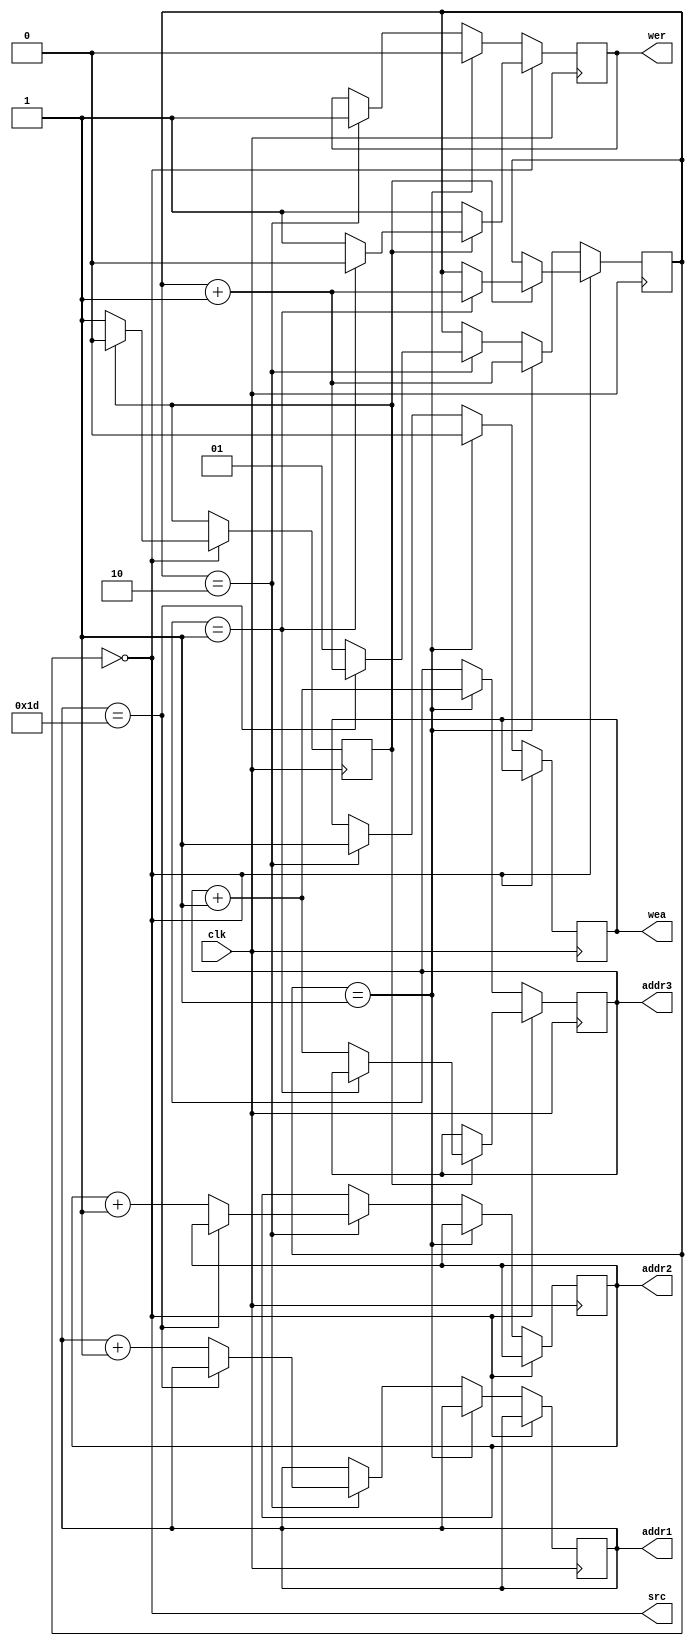
`timescale 1ns / 1ps
//////////////////////////////////////////////////////////////////////////////////
// Company: 
// Engineer: 
// 
// Design Name: 
// Module Name:    Control 
// Project Name: 
// Target Devices: 
// Tool versions: 
// Description: 
//
// Dependencies: 
//
// Revision: 
// Revision 0.01 - File Created
// Additional Comments: 
//
//////////////////////////////////////////////////////////////////////////////////
module Control(
	input clk,
	output src,
	output reg wer,
	output reg wea,
	output reg [5:0] addr1,
	output reg [5:0] addr2,
	output reg [5:0] addr3
);
reg [1:0] state;
reg init_state;
assign src = state == 2'd0;
initial 
begin
	init_state = 0;
	wer = 1;
	wea = 0;
	state = 0;
	addr1 = 0;
	addr2 = 1;
	addr3 = 6'b0;
end



always@(posedge clk)
if(state == 2'd0)
begin
	wer <= 1;
	if(init_state==1)
	begin
		if(addr3 == 5'd1)
		begin
			state <= state + 1;
			wer <= 0;
		end
		else
			addr3 <= addr3 + 1;
		init_state <= 0;
	end
	else
		init_state <= 1;
end
else if(state == 2'd1)
begin
	state <= state+1;
	addr3 <= addr3+1;
	wer <= 0;
	wea <= 0;
end
else if(state == 2'd2)
begin
	wea <= 1;
	wer <= 1;
	if(addr1 == 5'd29)
		state <= state + 1;
	else
	begin
		state <= 2'd1;
		addr1 <= addr1+1;
		addr2 <= addr2+1;
	end
end
else
	state <= state;
	
endmodule